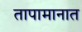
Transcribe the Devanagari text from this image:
तापामानात